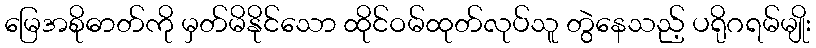
မြေအစိုဓာတ်ကို မှတ်မိနိုင်သော ထိုင်ဝမ်ထုတ်လုပ်သူ တွဲနေသည့် ပရိုဂရမ်မျိုး